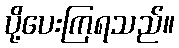
ပို့ပေးကြရသည်။